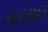
તાચાઇ